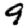
Digit: 9